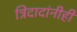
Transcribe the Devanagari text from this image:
त्रिंदादांनीही